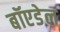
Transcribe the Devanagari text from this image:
बॉएडेल